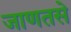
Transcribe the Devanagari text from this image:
जाणतसे